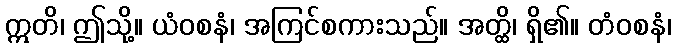
ဣတိ၊ ဤသို့။ ယံဝစနံ၊ အကြင်စကားသည်။ အတ္ထိ၊ ရှိ၏။ တံဝစနံ၊